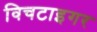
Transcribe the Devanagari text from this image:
विचटाइगर